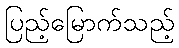
ပြည့်မြောက်သည့်